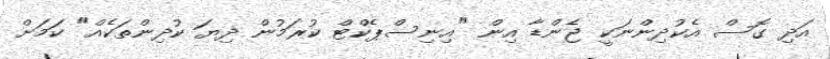
އަދި ގޮސް އެކުދިންނަކީ ޖެންޑާ އިން "އިނިސްޕެކްޓް ކުރަމުން ދިޔަ ކުދިންތަކެއް" ކަމަށް